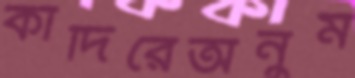
কাঁদিরেঅনুম